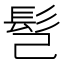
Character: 𩫻